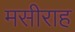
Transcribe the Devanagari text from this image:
मसीराह